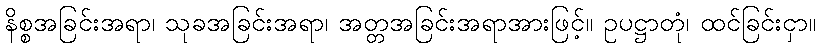
နိစ္စအခြင်းအရာ၊ သုခအခြင်းအရာ၊ အတ္တအခြင်းအရာအားဖြင့်။ ဥပဋ္ဌာတုံ၊ ထင်ခြင်းငှာ။